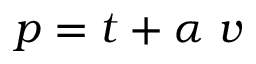
p = t + \alpha \ v